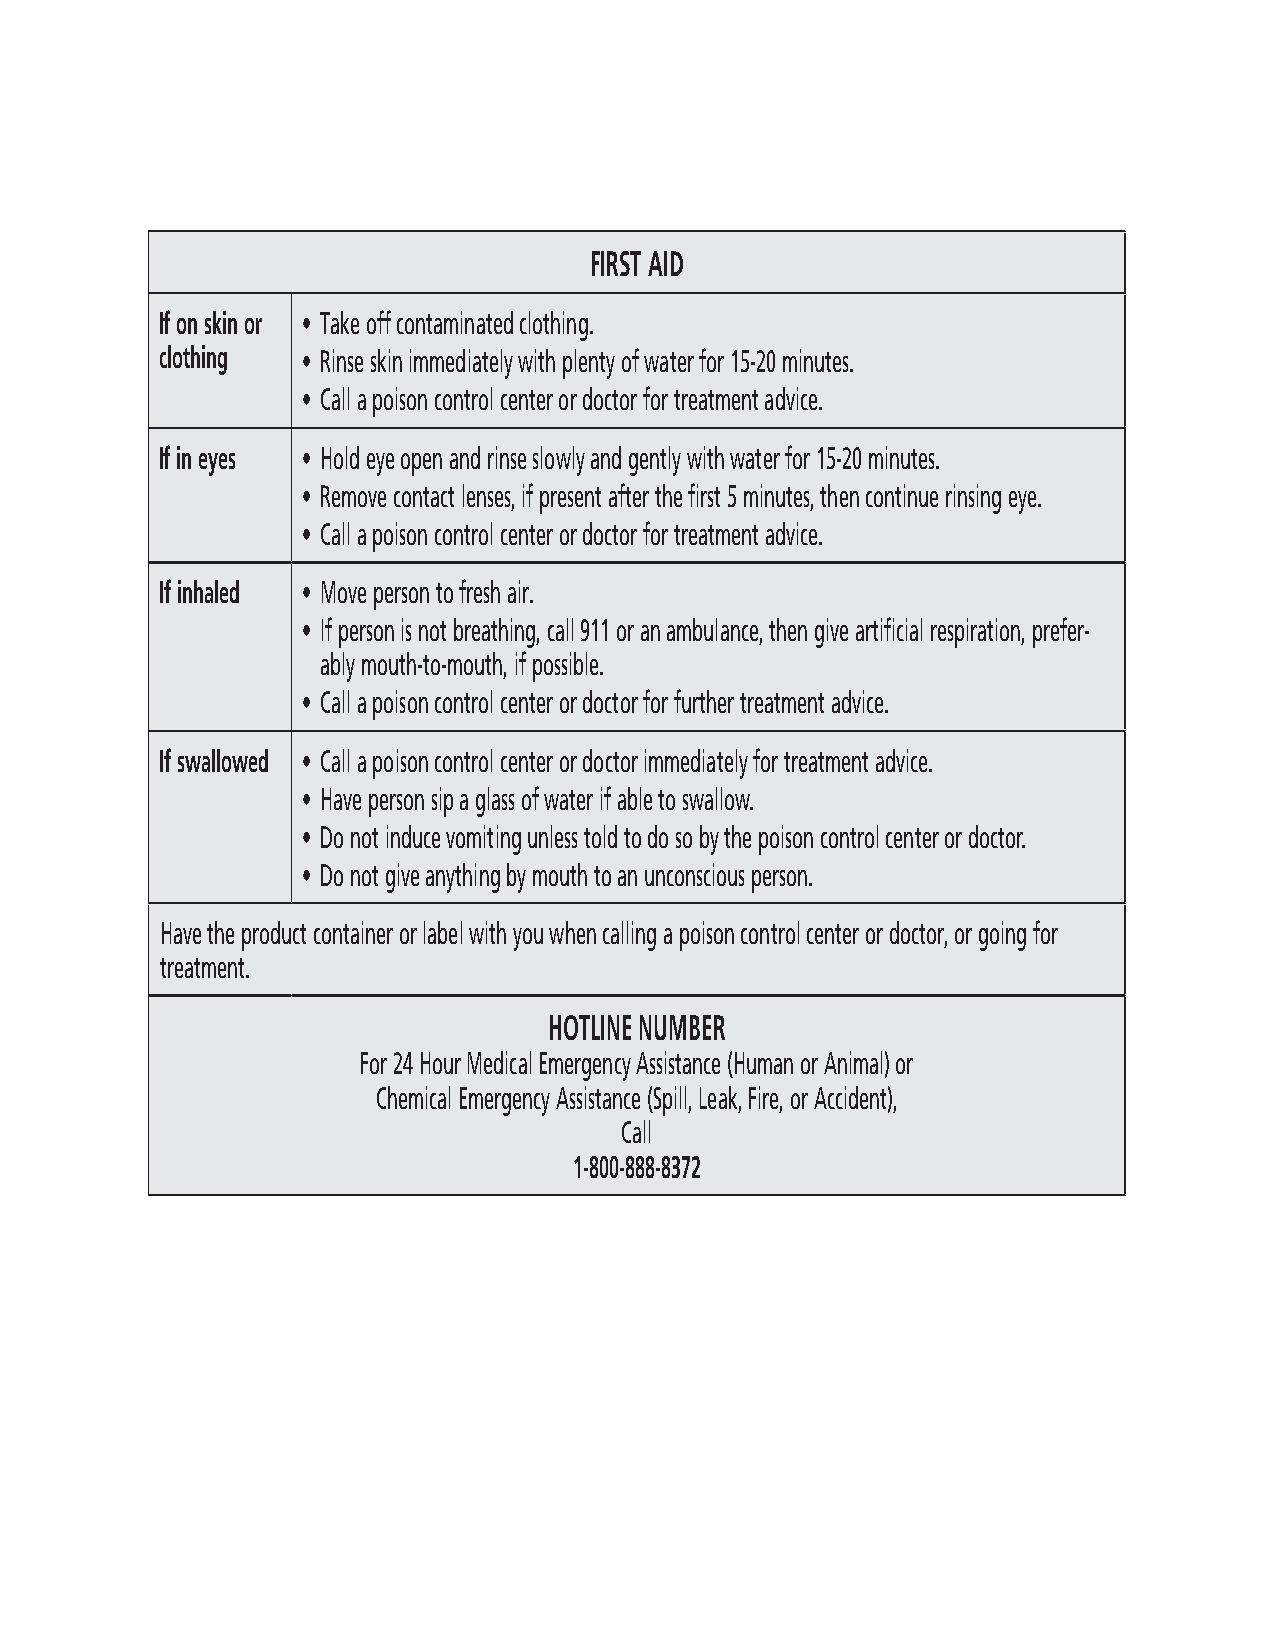
FIRST AID
 If on skin or • Take off contaminated clothing.
 clothing • Rinse skin immediately with plenty of water for 15-20 minutes.
 • Call a poison control center or doctor for treatment advice.
 If in eyes • Hold eye open and rinse slowly and gently with water for 15-20 minutes.
 • Remove contact lenses, if present after the first 5 minutes, then continue rinsing eye.
 • Call a poison control center or doctor for treatment advice.
 If inhaled • Move person to fresh air.
 • If person is not breathing, call 911 or an ambulance, then give artificial respiration, prefer-
 ably mouth-to-mouth, if possible.
 • Call a poison control center or doctor for further treatment advice.
 If swallowed • Call a poison control center or doctor immediately for treatment advice.
 • Have person sip a glass of water if able to swallow.
 • Do not induce vomiting unless told to do so by the poison control center or doctor.
 • Do not give anything by mouth to an unconscious person.
 Have the product container or label with you when calling a poison control center or doctor, or going for
 treatment.
 HOTLINE NUMBER
 For 24 Hour Medical Emergency Assistance (Human or Animal) or
 Chemical Emergency Assistance (Spill, Leak, Fire, or Accident),
 Call
 1-800-888-8372
 3